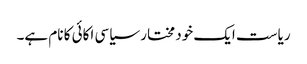
ریاست ایک خود مختار سیاسی اکائی کا نام ہے۔